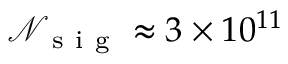
\mathcal { N } _ { \mathrm { ~ s ~ i ~ g ~ } } \approx 3 \times 1 0 ^ { 1 1 }